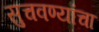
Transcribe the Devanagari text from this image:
सुचवण्यांचा